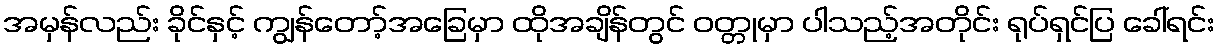
အမှန်လည်း ခိုင်နှင့် ကျွန်တော့်အခြေမှာ ထိုအချိန်တွင် ဝတ္တုမှာ ပါသည့်အတိုင်း ရုပ်ရှင်ပြ ခေါ်ရင်း